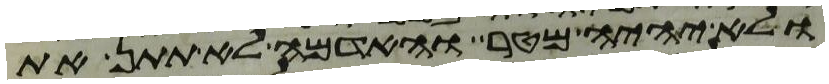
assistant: ולא יהיה מטר והאדמה לא תתן את